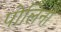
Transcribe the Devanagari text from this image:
पोलिनो